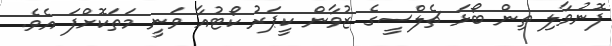
ފޮނުވާލި ތިން ބޯޅަ ޗެލްސީގެ ޒުވާން ކީޕަރު ކޯޓުއާ ވަނީ މަތަކޮށްފަ އެވެ.